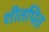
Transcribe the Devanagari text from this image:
शीतपित